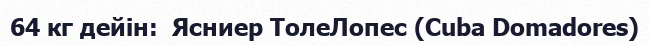
64 кг дейін:  Ясниер ТолеЛопес (Cuba Domadores)